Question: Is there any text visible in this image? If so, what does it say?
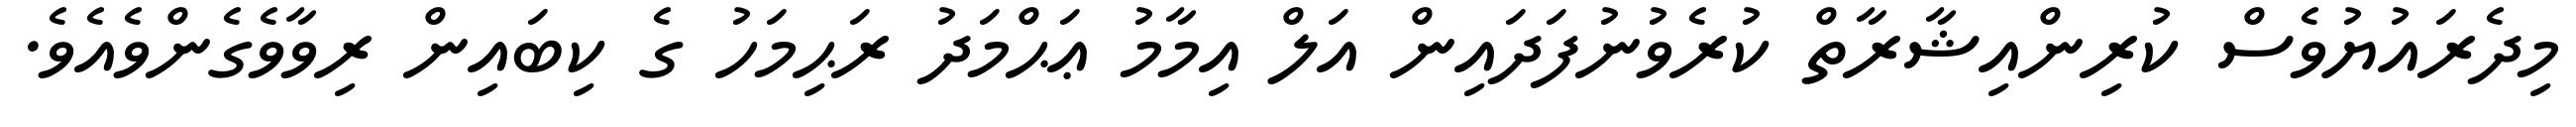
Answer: މިދެރައުޔުވެސް ކުރިންއިޝާރާތް ކުރެވުނުފަދައިން އަލް އިމާމު ޢަޙްމަދު ރަޙިމަހު ގެ ކިބައިން ރިވާވެގެންވެއެވެ.